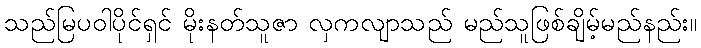
သည်မြပဝါပိုင်ရှင် မိုးနတ်သူဇာ လှကလျာသည် မည်သူဖြစ်ချိမ့်မည်နည်း။